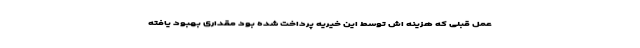
عمل قبلی که هزینه اش توسط این خیریه پرداخت شده بود مقداری بهبود یافته